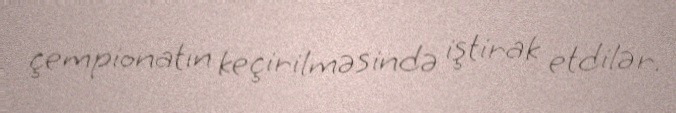
çempionatın keçirilməsində iştirak etdilər.